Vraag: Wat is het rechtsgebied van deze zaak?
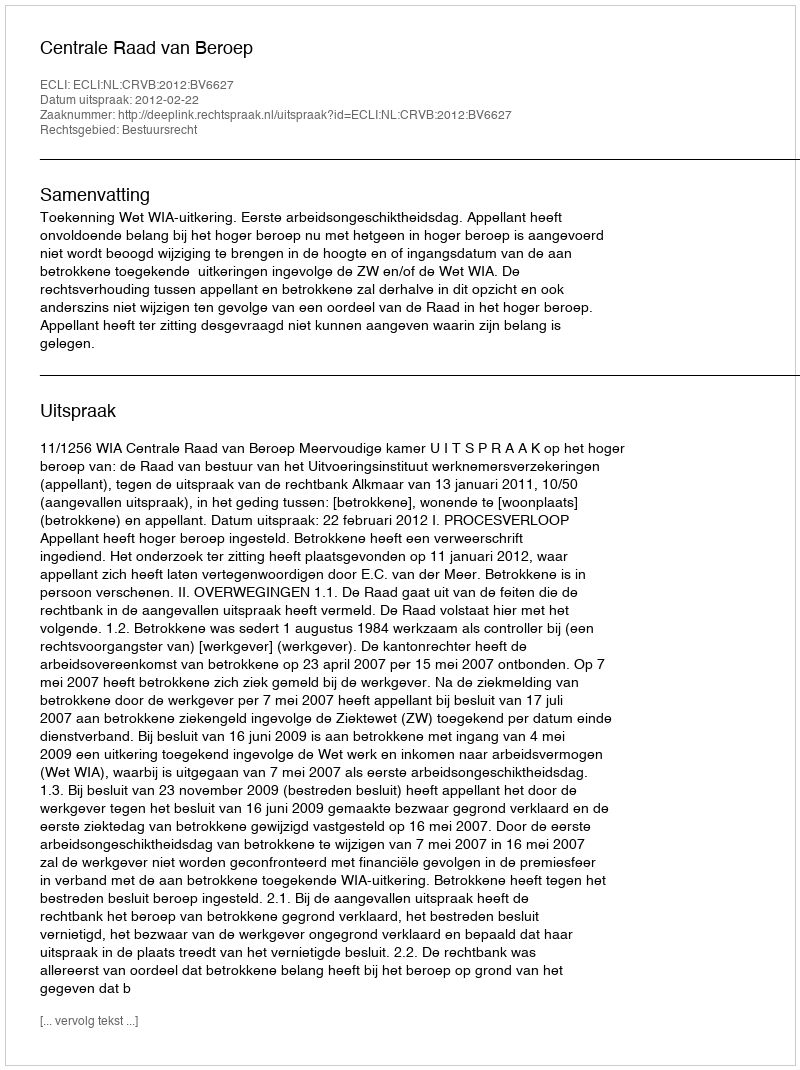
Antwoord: Bestuursrecht